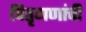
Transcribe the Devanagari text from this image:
पितृगणांची